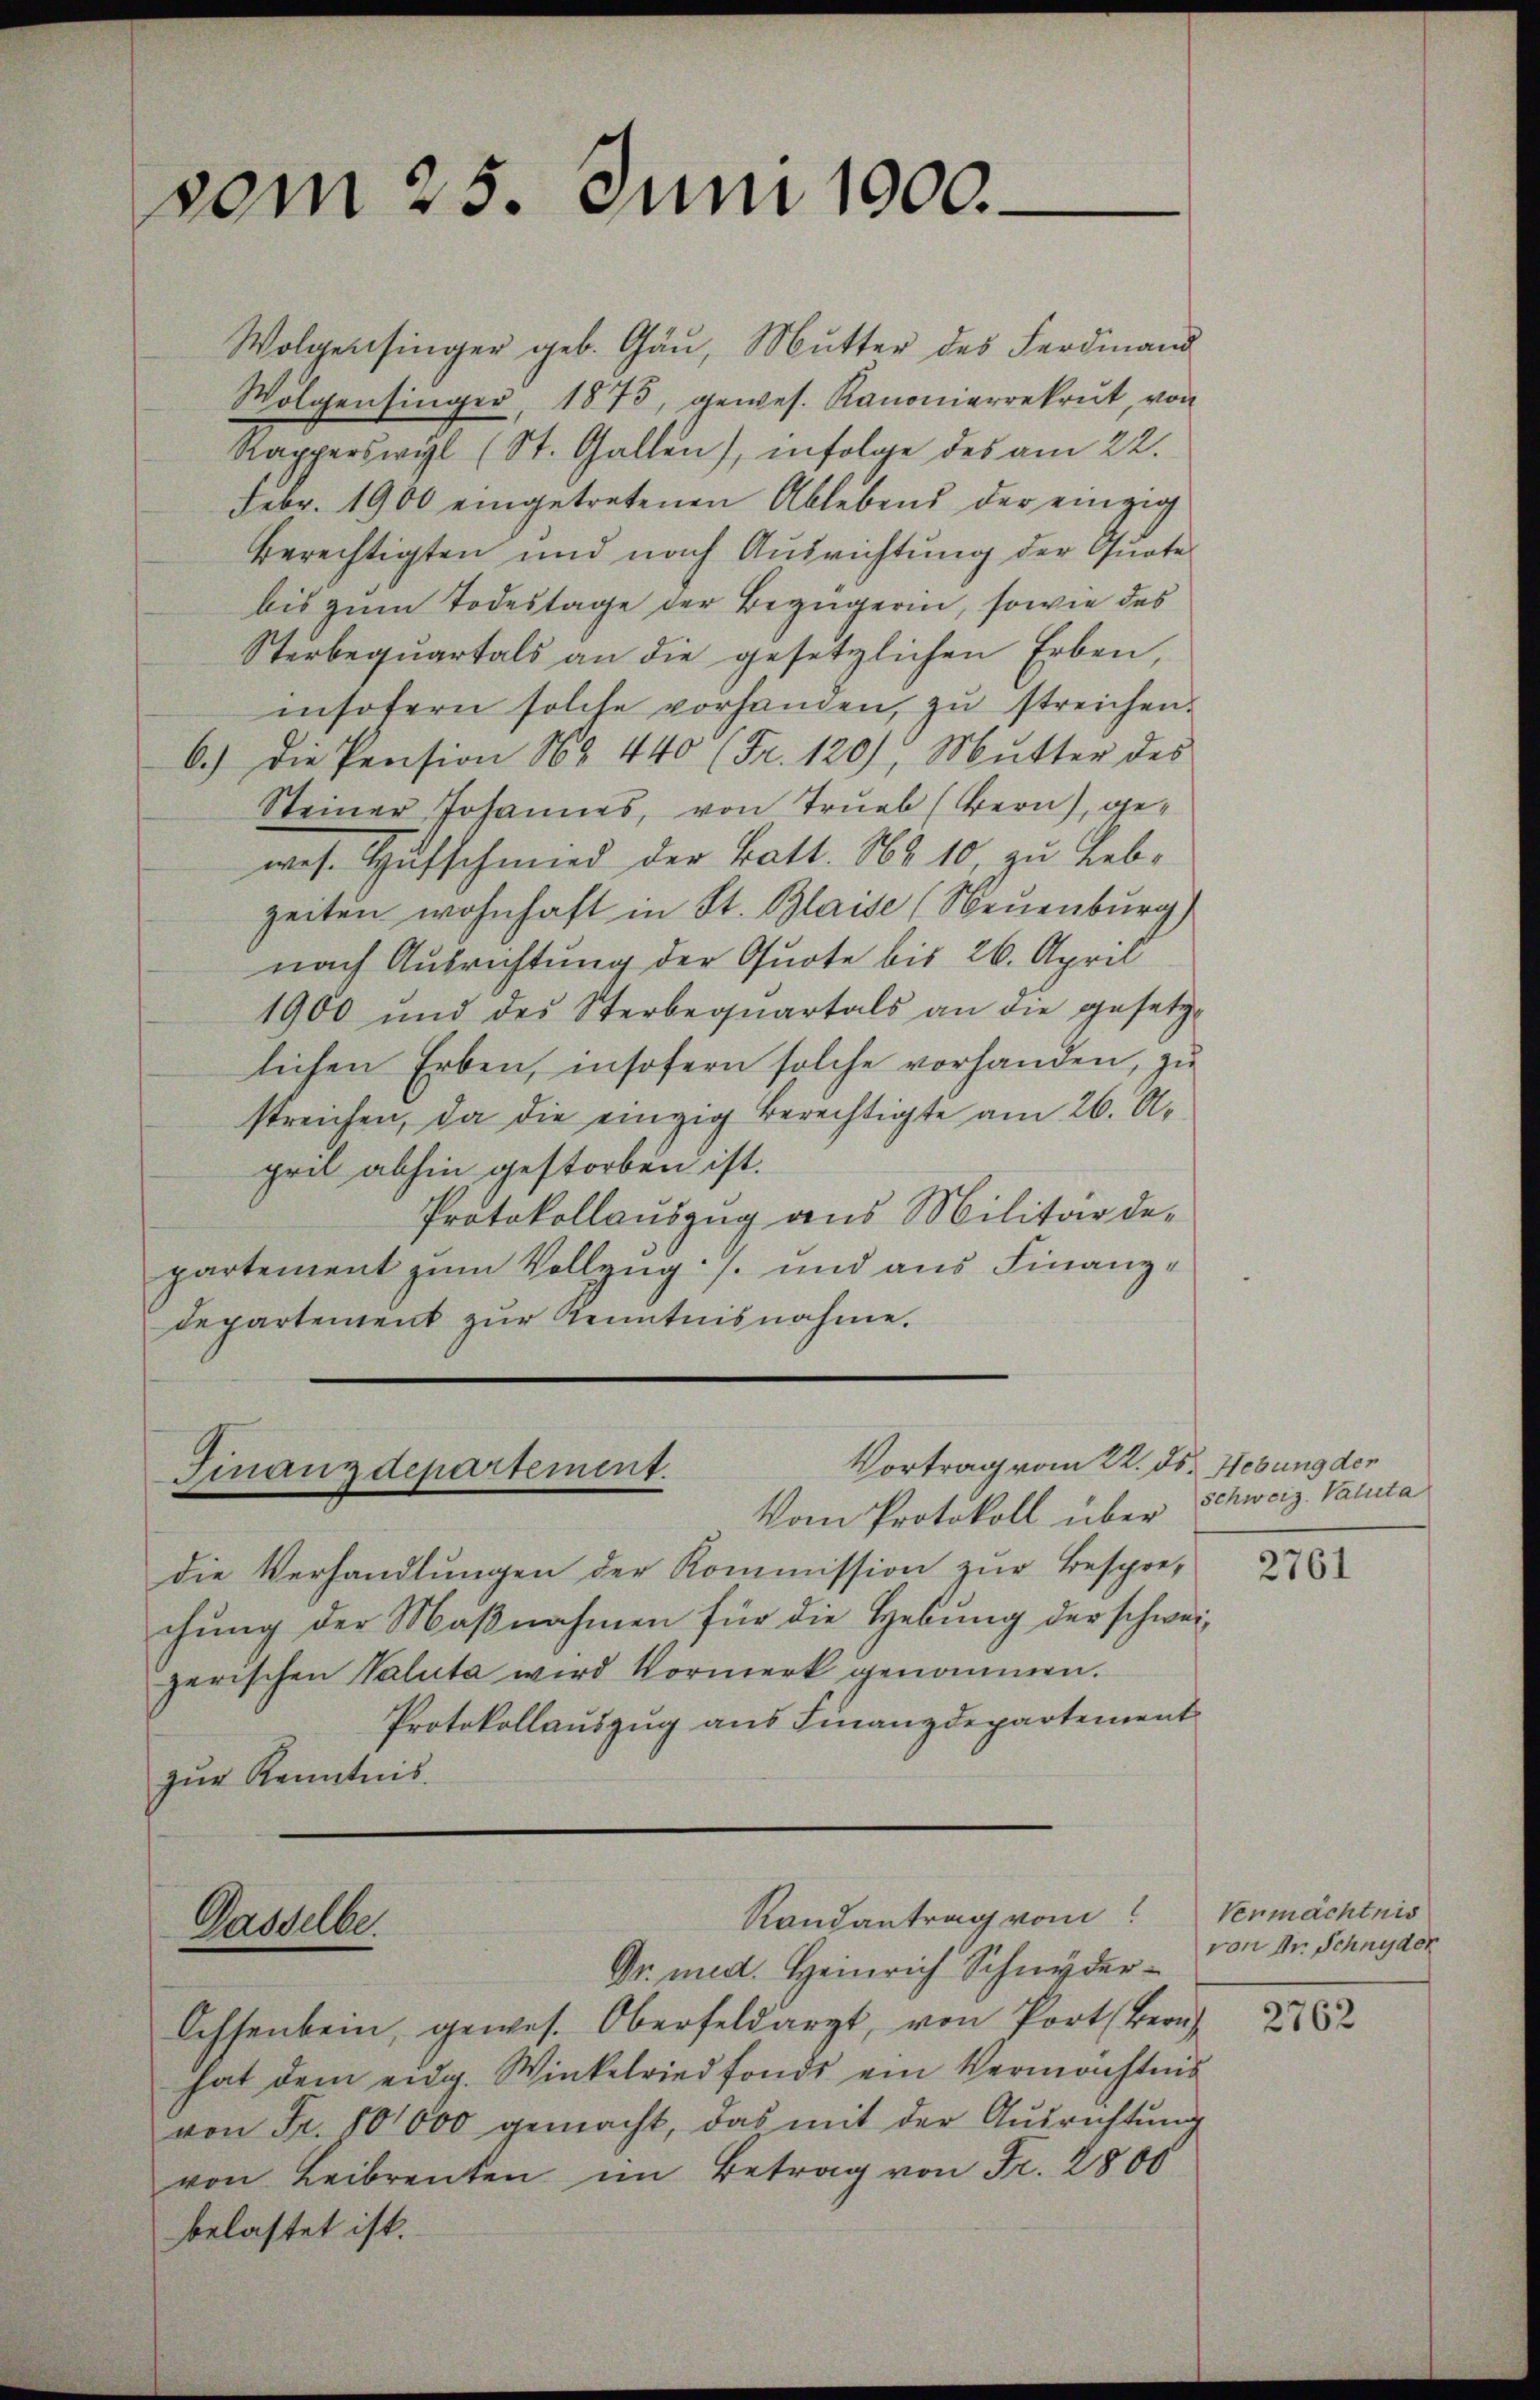
vom 25. Juni 1900.

Wolgensinger geb. Gäu, Mutter des Ferdinand
Wolgensinger, 1873, gewes. Kanonierrekrut, von
Rapperswil (St. Gallen), infolge des am 22.
Febr. 1900 eingetretenen Ablebend der einzig
Berechtigten und nach Ausrichtung der Quote
bis zum Todestage der Bezügerin, sowie des
Sterbequartals an die gesetzlichen Erben,
insofern solche vorhanden, zŭ streichen.
6.) Die Pension No 440 (Fr. 120), Mutter des
Steiner Johannes, von Trub (Bern), gewes. Hufschmied der Batt. No 10, zu Leb-
zeiten wohnhaft in St. Blaise (Neuenburg)
nach Ausrichtung der Quote bis 26. April
1900 und des Sterbequartals an die gesetz-
lichen Erben, insofern solche vorhanden, zu
streichen, da die einzig Berechtigte am 26. A.
pril abhin gestorben ist.
Protokollauszug aus Militärde-
partement zum Vollzug s. und aus Finanz¬
Departement zur Kenntnisnahme.

Vortrag vom 22. ds. Hebung der
Finanzdepartement.

Vom Protokoll über
die Verhandlungen der Kommission zur Bespre-
chŭng der Maβnahmen für die Hebung der schweizerischen Valuta wird Vormerk genommen.
Protokollauszug aus Finanzdepartement
zŭr Kenntnis.

Dasselbe.

Randantrag vom Vermächtnis

Dr. med. Heinrich Schnyder¬
Ochsenbein, gewes. Oberfeldarzt, von Port Bern
hat dem eidg. Winkelried fonds ein Vermächtnis
von Fr. 101000 gemacht, das mit der Aŭsrichtŭng
von Leibrenten im Betrag von Fr. 2800
belastet ist.

Schweiz. Valuta

2761

von Dr. Schnyder

2762